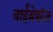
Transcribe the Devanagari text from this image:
वाईब्रेशंज़